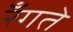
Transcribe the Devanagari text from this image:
रँगते